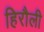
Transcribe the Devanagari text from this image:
हिरौली